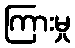
ကြားမှု